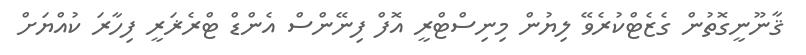
ޤާނޫނީގޮތުން ގެޒެޓްކުރެވޭ ލިޔުން މިނިސްޓްރީ އޮފް ފިނޭންސް އެންޑް ޓްރެޜަރީ ފިހާރަ ކުއްޔަށް